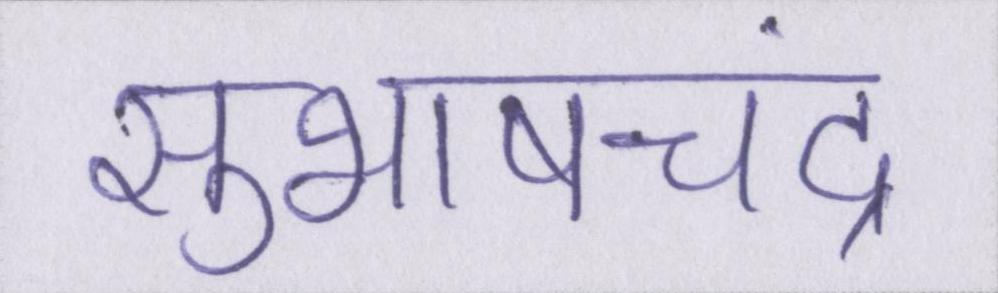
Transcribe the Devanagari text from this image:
सुभाषचंद्र